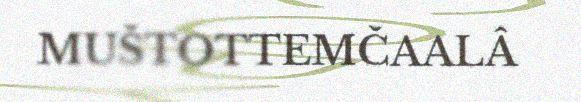
MUŠTOTTEMČAALÂ